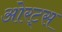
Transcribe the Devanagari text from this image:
ओरट्स